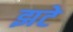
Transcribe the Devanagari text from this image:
झटे